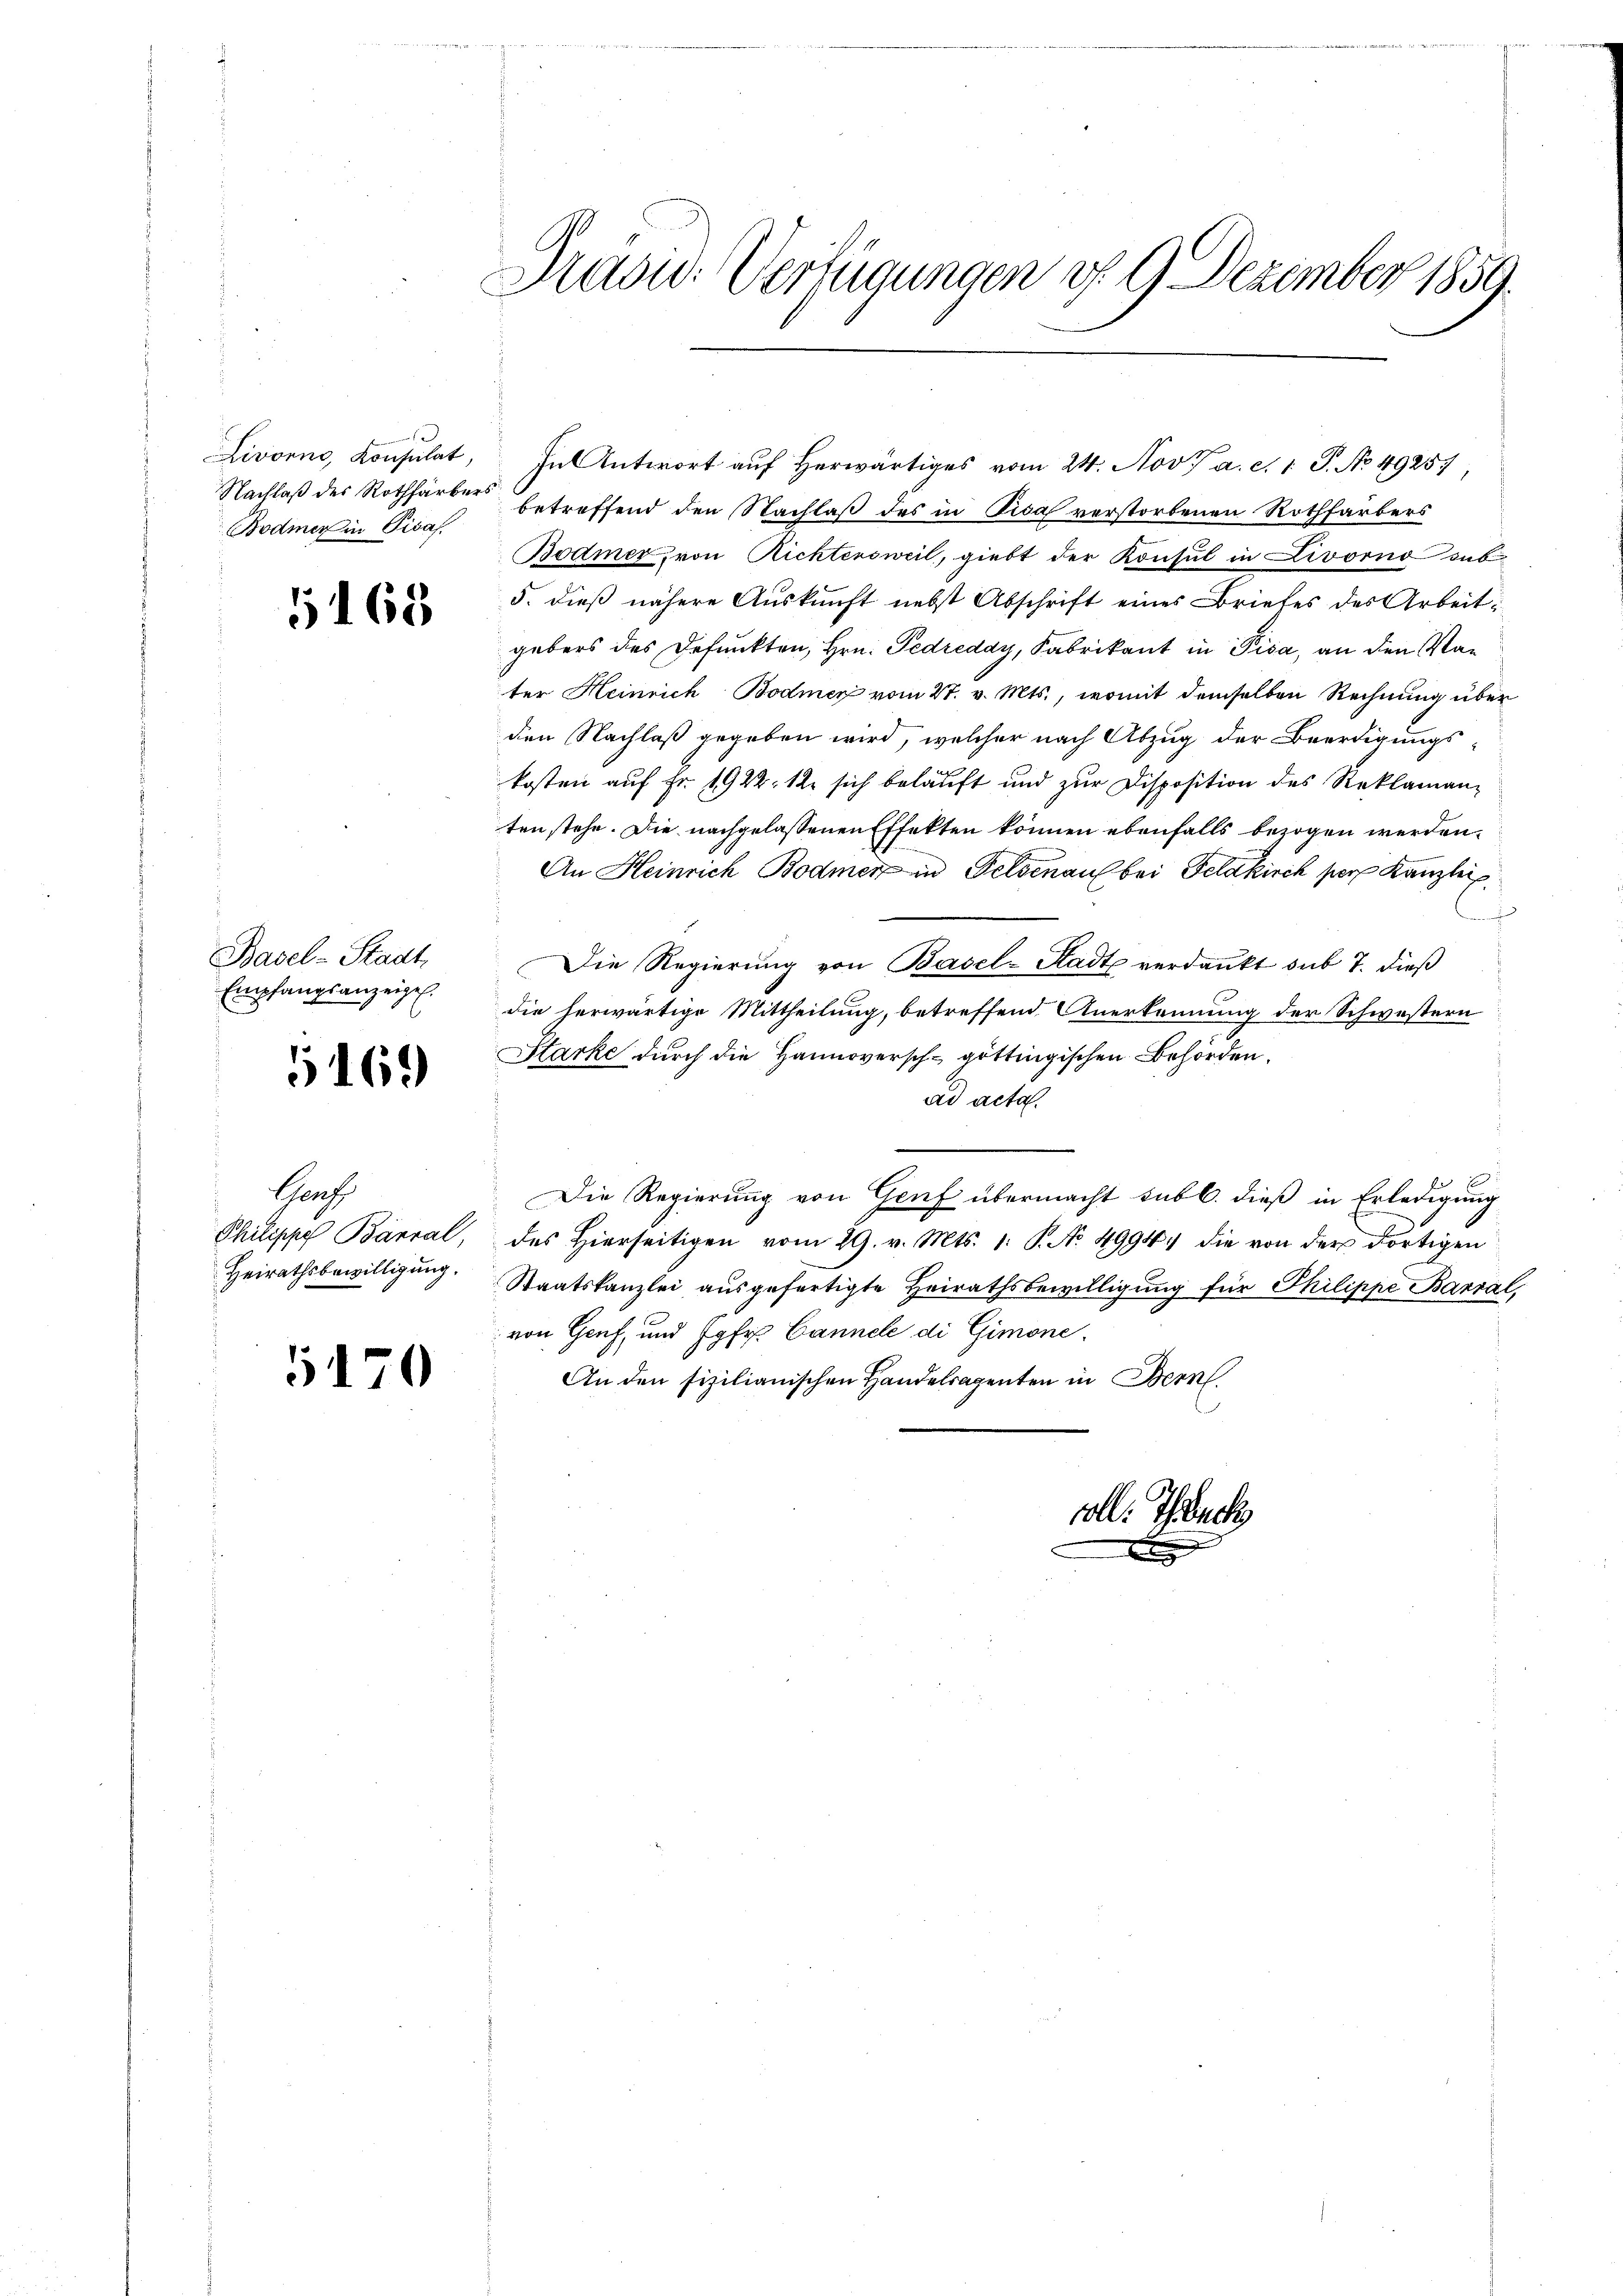
e
Bodmer in Pisas

1168

Basel-Stadt
Empfangsanzeigel.

5169

Gauss
Philippe Barral,
Heirathsbewilligung.

5170

Präsid. Verfügungen v. 9. Dezember 1859.

Livorno, Konsulat, In Antwort aŭf herwärtiges vom 24. Nov. a. c. 1 S. No 4925),
Nachlaß des Rothfärber betreffend den Nachlaß des in Pisa verstorbenen Rothfärbers
Bodmer, von Richtensweil, giebt der Konsul in Livorno sub¬
5. dieß nähere Auskunft nebst Abschrift eines Briefes des Arbeitgebers des Befunkten, Hrn. Pedreddy, Fabrikant in Pisa, an den Vater Heinrich Bodmer vom 27. v. Mts., womit demselben Rechnung über
den Nachlaß gegeben wird, welcher nach Abzug der Beerdigungs-
kosten aŭf Fr. 1922. 12. sich belaŭft und zŭr Disposition des Reklaman-
ten stehe. Die nachgelassenen Effekten können ebenfalls bezogen werden.
An Heinrich Bodmer in Felsenau bei Feldkirch per Kanzlei
.
Die Regierung von Basel-Stadt verdankt sub 7. dieß
die herwärtige Mittheilung, betreffend Anerkennung der Schwestern
Starke durch die Hannoversch- göttingischen Behörden.
ad acta.
2
Die Regierung von Genf übermacht subl. dieß in Erledigung
des hierseitigen vom 29. v. Mts. 1. P. No. 4994. die von der dortigen
Staatskanzlei ausgefertigte Heirathsbewilligung für Philippe Barral,
von Genf, und Jgfr. Cannele di Gimone.
An den fizilianischen Handelsagenten in Bern.
voll. Ich

x